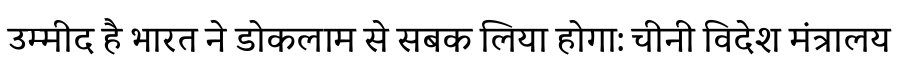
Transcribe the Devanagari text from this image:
उम्मीद है भारत ने डोकलाम से सबक लिया होगा: चीनी विदेश मंत्रालय